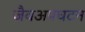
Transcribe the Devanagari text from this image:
जैवअपघटन